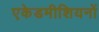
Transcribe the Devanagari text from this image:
एकेडमीशियनों